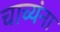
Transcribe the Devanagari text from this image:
चाच्यंना